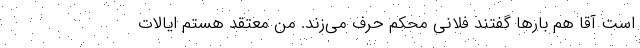
است آقا هم بارها گفتند فلانی محکم حرف می‌زند. من معتقد هستم ایالات